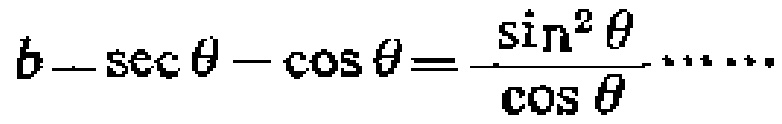
$b\ \sec\theta-\cos\theta=\frac{\sin^{2}\theta}{\cos\theta}$